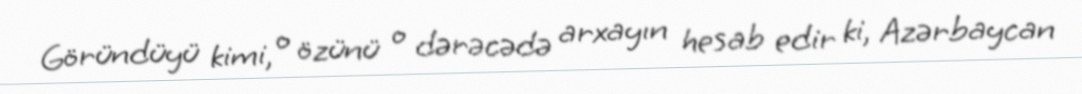
Göründüyü kimi, o özünü o dərəcədə arxayın hesab edir ki, Azərbaycan